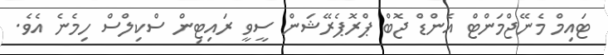
ޓައިމް މެނޭޖްމަންޓް އެންޑް ޖޮބް ޕްރޮޕެރޭޝަން ސީވީ ރައިޓިން ސްކިލްސް ހިމެނެ އެވެ.